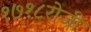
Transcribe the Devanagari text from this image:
१७१८रोजी